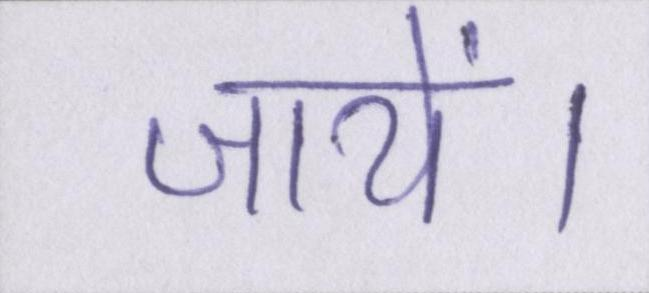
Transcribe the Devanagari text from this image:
जायें।